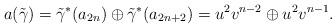
LaTeX: \begin{align*}a(\tilde{\gamma})=\tilde{\gamma}^*(a_{2n})\oplus\tilde{\gamma}^*(a_{2n+2})=u^2v^{n-2}\oplus u^2v^{n-1}.\end{align*}